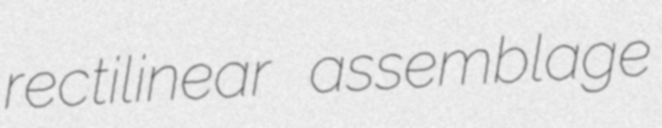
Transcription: rectilinear assemblage